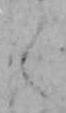
く